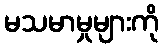
မသမာမှုများကို